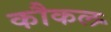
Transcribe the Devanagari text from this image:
कौकल